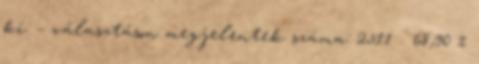
ki. – választáson megjelentek száma: 2511 68,90 %